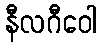
နီလဂီဝေါ